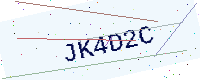
Text: JK4D2C